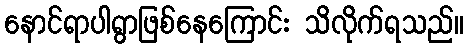
နောင်ရာပါရွာဖြစ်နေကြောင်း သိလိုက်ရသည်။